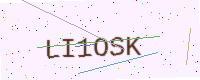
Text: LI1OSK